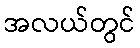
အလယ်တွင်